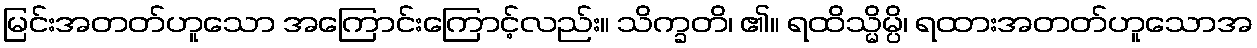
မြင်းအတတ်ဟူသော အကြောင်းကြောင့်လည်း။ သိက္ခတိ၊ ၏။ ရထိသ္မိမ္ပိ၊ ရထားအတတ်ဟူသောအ